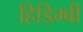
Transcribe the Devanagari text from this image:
हिडिम्बी